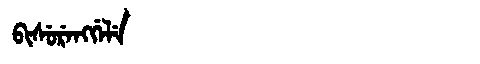
Manchu: ᠪᡳᠰᡠᡵᡝᠩᡤᡝᠯᡝ
Romanization: BISURENGGELE